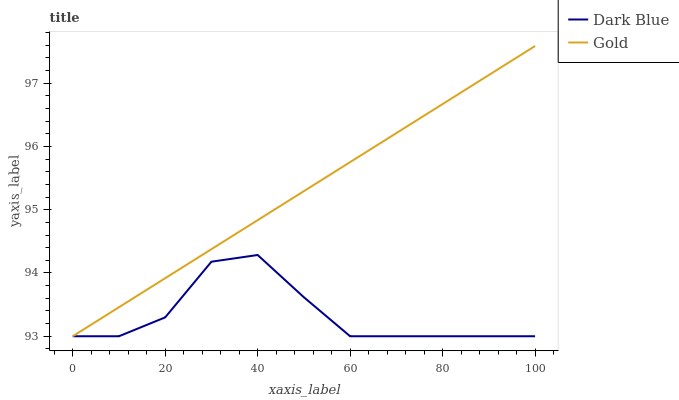
| xaxis_label | Dark Blue | Gold |
 | --- | --- | --- |
 | 0 | 93 | 93 |
 | 10 | 93 | 93.5 |
 | 20 | 93.3 | 93.9 |
 | 30 | 94.2 | 94.4 |
 | 40 | 94.3 | 94.8 |
 | 50 | 93.6 | 95.3 |
 | 60 | 93 | 95.8 |
 | 70 | 93 | 96.2 |
 | 80 | 93 | 96.7 |
 | 90 | 93 | 97.1 |
 | 100 | 93 | 97.6 |